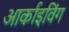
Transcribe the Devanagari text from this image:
आर्काइविंग